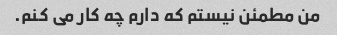
من مطمئن نیستم که دارم چه کار می کنم.